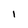
Character: I